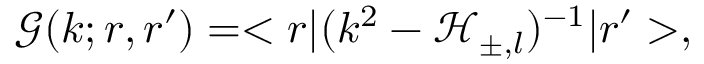
\mathcal { G } ( k ; r , r ^ { \prime } ) = < r | ( k ^ { 2 } - \mathcal { H } _ { \pm , l } ) ^ { - 1 } | r ^ { \prime } > ,